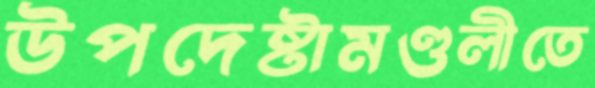
উপদেষ্টামণ্ডলীতে